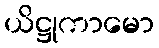
ယိဋ္ဌုကာမော